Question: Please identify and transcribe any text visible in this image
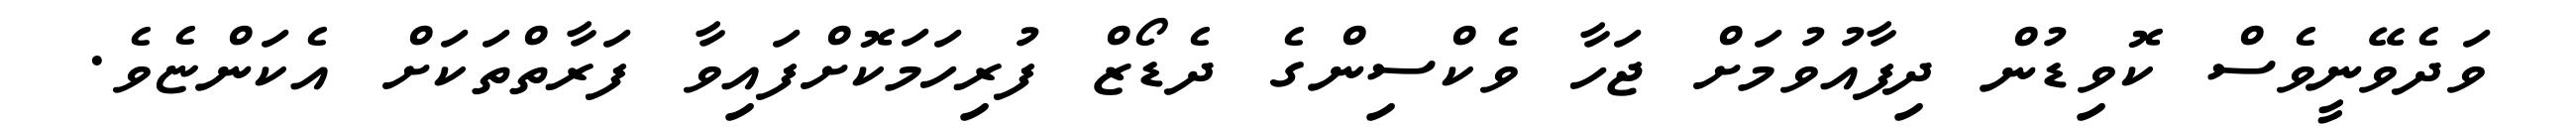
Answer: ވަދެވޭނީވެސް ކޮވިޑުން ދިފާއުވުމަށް ޖަހާ ވެކްސިންގެ ދެޑޯޒް ފުރިހަމަކޮށްފައިވާ ފަރާތްތަކަށް އެކަންޏެވެ.